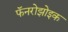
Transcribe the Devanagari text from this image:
फॅनरोझोइक